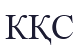
КҚС